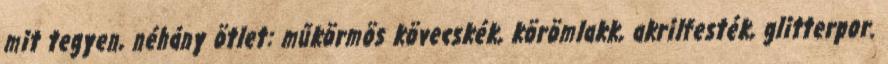
mit tegyen, néhány ötlet: műkörmös kövecskék, körömlakk, akrilfesték, glitterpor.